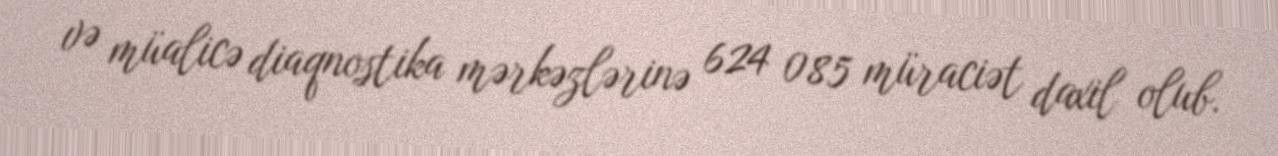
və müalicə diaqnostika mərkəzlərinə 624 085 müraciət daxil olub.